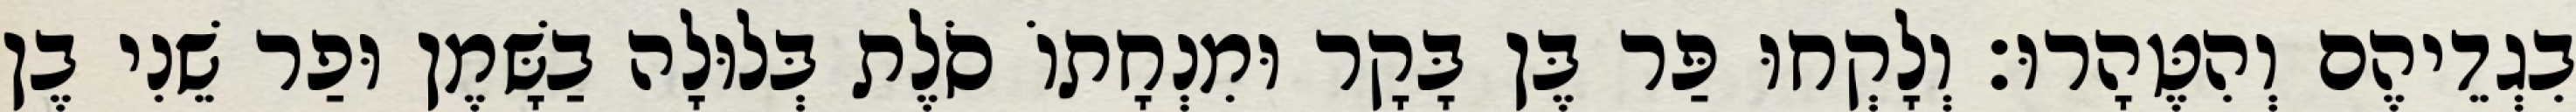
בִגְדֵיהֶם וְהִטֶּהָרוּ׃ וְלָקְחוּ פַּר בֶּן בָּקָר וּמִנְחָתוֹ סֹלֶת בְּלוּלָה בַשָּׁמֶן וּפַר שֵׁנִי בֶן